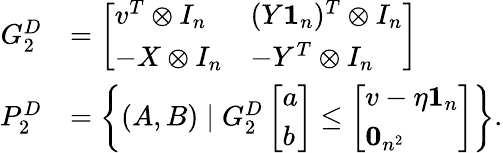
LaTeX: \begin{array}{rl}{G_{2}^{D}}&{=\left[\begin{array}{ll}{v^{T}\otimes I_{n}}&{(Y\mathbf{1}_{n})^{T}\otimes I_{n}}\\ {-X\otimes I_{n}}&{-Y^{T}\otimes I_{n}}\end{array}\right]}\\ {P_{2}^{D}}&{=\left\{ (A,B)\mid G_{2}^{D}\left[\begin{array}{l}{a}\\ {b}\end{array}\right]\leq\left[\begin{array}{l}{v-\eta\mathbf{1}_{n}}\\ {\mathbf{0}_{n^{2}}}\end{array}\right]\right\} .}\end{array}